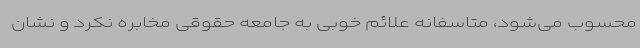
محسوب می‌شود، متاسفانه علائم خوبی به جامعه حقوقی مخابره نکرد و نشان